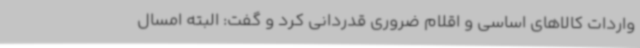
واردات کالاهای اساسی و اقلام ضروری قدردانی کرد و گفت: البته امسال